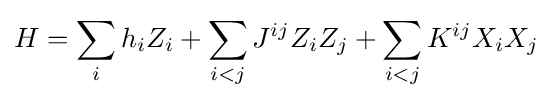
H=\sum _{i}h_{i}Z_{i}+\sum _{i<j}J^{ij}Z_{i}Z_{j}+\sum _{i<j}K^{ij}X_{i}X_{j}